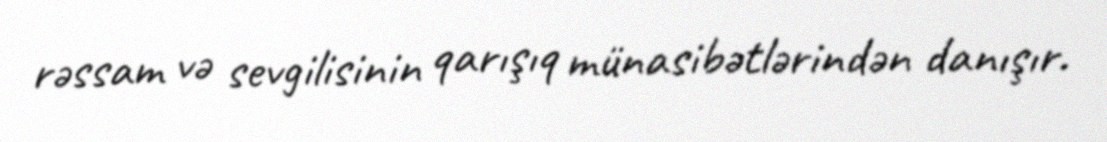
rəssam və sevgilisinin qarışıq münasibətlərindən danışır.